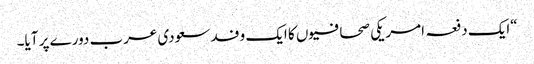
“ایک دفعہ امریکی صحافیوں کا ایک وفد سعودی عرب دورے پر آیا۔